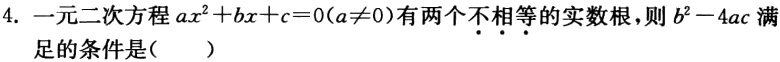
4. 一元二次方程$ax^{2}+bx + c = 0(a\neq0)$有两个不相等的实数根，则$b^{2}-4ac$满足的条件是(  )